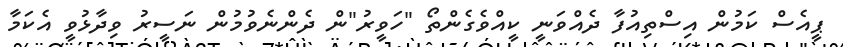
ޕީއެސް ކަމުން އިސްތިއުފާ ދެއްވަނީ ކީއްވެގެންތޯ "ހަވީރު"ން ދެންނެވުމުން ނަސީރު ވިދާޅުވީ އެކަމާ